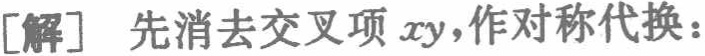
[解] 先消去交叉项 \(xy\),作对称代换：